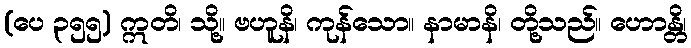
(ပေ ၃၅၅) ဣတိ၊ သို့။ ဗဟူနိ၊ ကုန်သော။ နာမာနိ၊ တို့သည်။ ဟောန္တိ၊